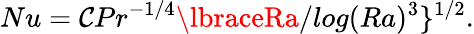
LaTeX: Nu=\mathcal{C}Pr^{-1/4}\lbraceRa/log(Ra)^{3}\rbrace^{1/2}.